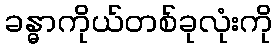
ခန္ဓာကိုယ်တစ်ခုလုံးကို